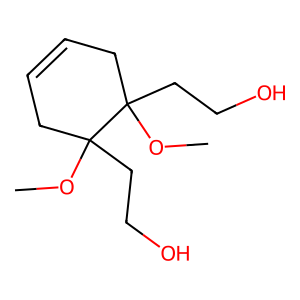
SMILES: COC1(CCO)CC=CCC1(CCO)OC
Inhibits HIV replication: No